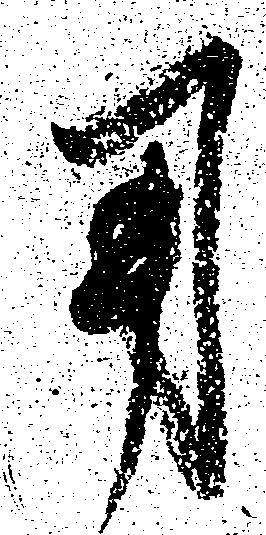
用